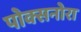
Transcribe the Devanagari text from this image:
पोक्सनोरा